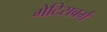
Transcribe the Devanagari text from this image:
गेटिसबर्ग